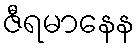
ဇီရမာနေန